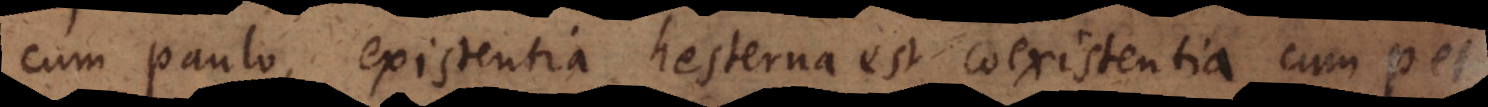
cum Paulo, existentia hesterna est coexistentia cum Petro,